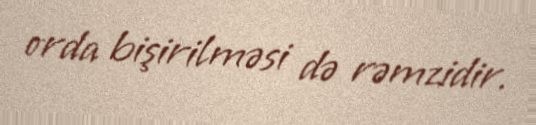
orda bişirilməsi də rəmzidir.